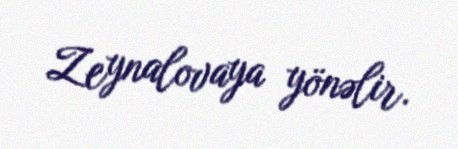
Zeynalovaya yönəlir.